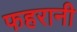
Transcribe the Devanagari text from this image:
फहरानी